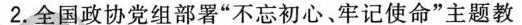
2.全国政协党组部署”不忘初心、牢记使命”主题教